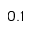
0 . 1